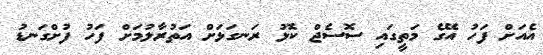
އެއަށް ފަހު އޭގެ މަތީގައި ސޮސެޖް ކޮޅު ރަނގަޅަށް އަތުރާލުމަށް ފަހު ފުށްގަނޑު